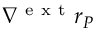
\nabla ^ { \mathrm { ~ e ~ x ~ t ~ } } r _ { P }